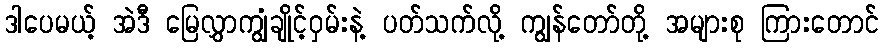
ဒါပေမယ့် အဲဒီ မြေလွှာကျွံချိုင့်ဝှမ်းနဲ့ ပတ်သက်လို့ ကျွန်တော်တို့ အများစု ကြားတောင်